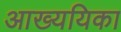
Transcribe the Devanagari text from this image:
आख्ययिका